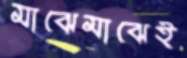
মাঝেমাঝেই